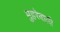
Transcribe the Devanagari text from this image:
मुहरेवाली